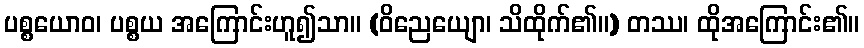
ပစ္စယောဝ၊ ပစ္စယ အကြောင်းဟူ၍သာ။ (ဝိညေယျော၊ သိထိုက်၏။) တဿ၊ ထိုအကြောင်း၏။